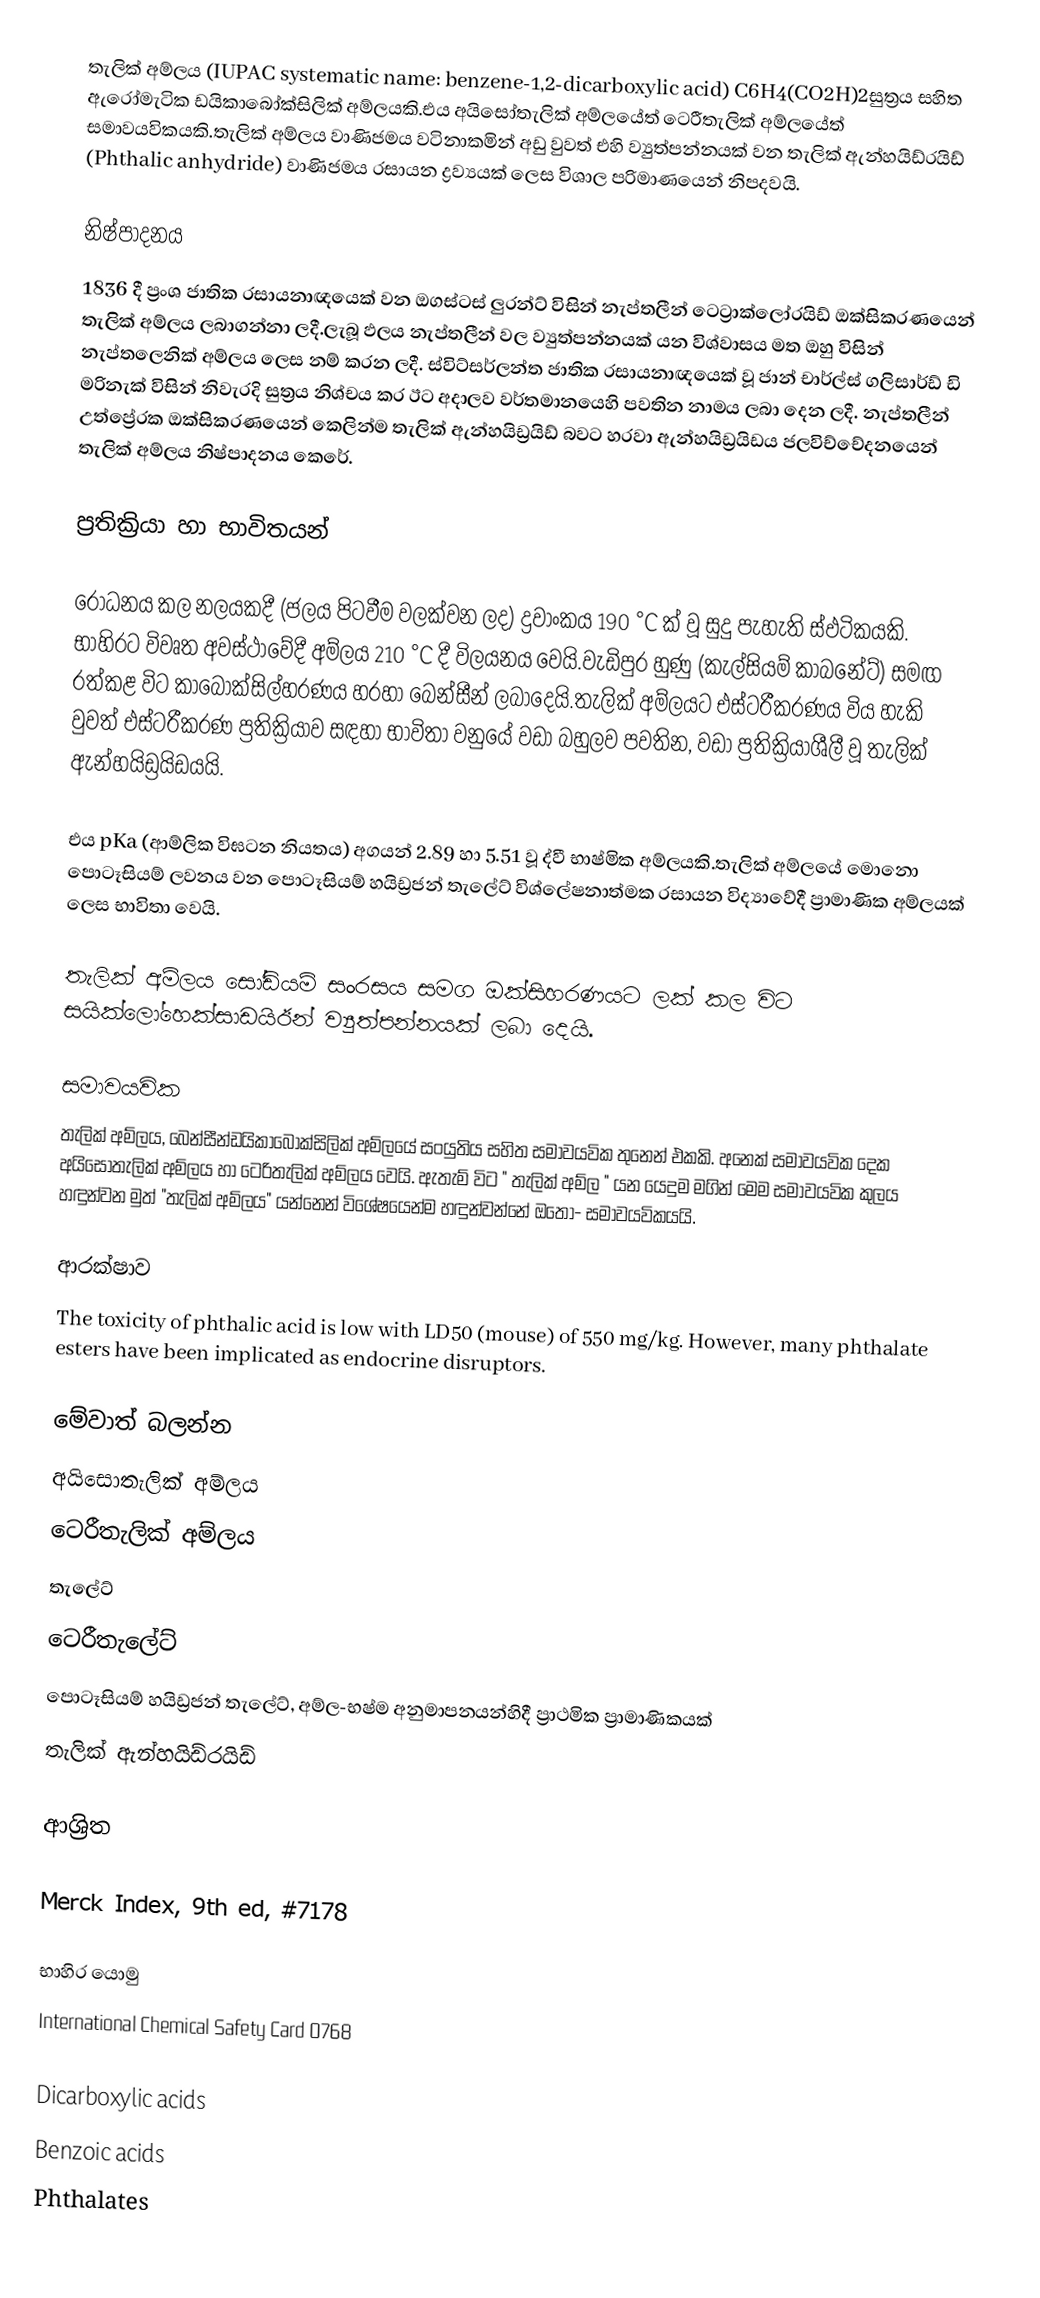
තැලික් අම්ලය (IUPAC systematic name: benzene-1,2-dicarboxylic acid) C6H4(CO2H)2සුත්‍රය සහිත ඇරෝමැටික ඩයිකාබෝක්සිලික් අම්ලයකි.එය අයිසෝතැලික් අම්ලයේත් ටෙරීතැලික් අම්ලයේත් සමාවයවිකයකි.තැලික් අම්ලය වාණිජමය වටිනාකමින් අඩු වුවත් එහි ව්‍යුත්පන්නයක් වන තැලික් ඇන්හයිඩ්රයිඩ් (Phthalic anhydride) වාණිජමය රසායන ද්‍රව්‍යයක් ලෙස විශාල පරිමාණයෙන් නිපදවයි.

නිෂ්පාදනය
1836 දී ප්‍රංශ ජාතික රසායනාඥයෙක් වන ඔගස්ටස් ලුරන්ට් විසින් නැප්තලීන් ටෙට්‍රාක්ලෝරයිඩ් ඔක්සිකරණයෙන් තැලික් අම්ලය ලබාගන්නා ලදී.ලැබූ ඵලය නැප්තලීන් වල ව්‍යුත්පන්නයක් යන විශ්වාසය මත ඔහු විසින් නැප්තලෙනික් අම්ලය ලෙස නම් කරන ලදී. ස්විට්සර්ලන්ත ජාතික රසායනාඥයෙක් වූ ජාන් චාර්ල්ස් ගලිසාර්ඩ් ඩි මරිනැක් විසින් නිවැරදි සුත්‍රය නිශ්චය කර ඊට අදාලව වර්තමානයෙහි පවතින නාමය ලබා දෙන ලදී. නැප්තලීන් උත්ප්‍රේරක ඔක්සිකරණයෙන් කෙලින්ම තැලික් ඇන්හයිඩ්‍රයිඩ් බවට හරවා ඇන්හයිඩ්‍රයිඩය  ජලවිච්චේදනයෙන් තැලික් අම්ලය නිෂ්පාදනය කෙරේ.

ප්‍රතික්‍රියා හා භාවිතයන්

රෝධනය කල නලයකදී (ජලය පිටවීම වලක්වන ලද)  ද්‍රවාංකය 190 °C ක් වූ සුදු පැහැති ස්ඵටිකයකි. භාහිරට විවෘත අවස්ථාවේදී අම්ලය 210 °C දී විලයනය වෙයි.වැඩිපුර හුණු (කැල්සියම් කාබනේට්) සමඟ රත්කළ විට කාබොක්සිල්හරණය හරහා බෙන්සීන් ලබාදෙයි.තැලික් අම්ලයට එස්ටරීකරණය විය හැකි වුවත් එස්ටරීකරණ ප්‍රතික්‍රියාව සඳහා භාවිතා වනුයේ වඩා බහුලව පවතින, වඩා ප්‍රතික්‍රියාශීලී වූ තැලික් ඇන්හයිඩ්‍රයිඩයයි.

එය pKa (ආම්ලික විඝටන නියතය) අගයන් 2.89 හා 5.51 වූ ද්වී භාෂ්මික අම්ලයකි.තැලික් අම්ලයේ මොනො පොටෑසියම් ලවනය වන පොටෑසියම් හයිඩ්‍රජන් තැලේට් විශ්ලේෂනාත්මක රසායන විද්‍යාවේදී  ප්‍රාමාණික අම්ලයක් ලෙස භාවිතා වෙයි.

තැලික් අම්ලය සෝඩියම් සංරසය සමග ඔක්සිහරණයට ලක් කල විට සයික්ලෝහෙක්සාඩයිඊන් ව්‍යුත්පන්නයක් ලබා දෙයි.

සමාවයවික
තැලික් අම්ලය, බෙන්සීන්ඩයිකාබොක්සිලික් අම්ලයේ සංයුතිය සහිත සමාවයවික තුනෙන් එකකි. අනෙක් සමාවයවික දෙක අයිසෝතැලික් අම්ලය හා ටෙරිතැලික් අම්ලය වෙයි. ඇතැම් විට " තැලික් අම්ල " යන යෙදුම මගින් මෙම සමාවයවික කුලය හඳුන්වන මුත් "තැලික් අම්ලය" යන්නෙන් විශේෂයෙන්ම හඳුන්වන්නේ ඔතෝ- සමාවයවිකයයි.

ආරක්ෂාව
The toxicity of phthalic acid is low with LD50 (mouse) of 550 mg/kg.  However, many phthalate esters have been implicated as endocrine disruptors.

මේවාත් බලන්න
 අයිසොතැලික් අම්ලය
 ටෙරීතැලික් අම්ලය
 තැලේට්
 ටෙරීතැලේට්
 පොටෑසියම් හයිඩ්‍රජන් තැලේට්, අම්ල-භෂ්ම අනුමාපනයන්හිදී ප්‍රාථමික ප්‍රාමාණිකයක්
 තැලික් ඇන්හයිඩ්රයිඩ්

ආශ්‍රිත

 Merck Index, 9th ed, #7178

භාහිර යොමු
International Chemical Safety Card 0768

Dicarboxylic acids
Benzoic acids
Phthalates